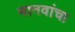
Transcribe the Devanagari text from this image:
मानवांचा